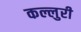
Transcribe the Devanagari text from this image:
कल्लुरी